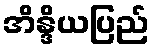
အိန္ဒိယပြည်